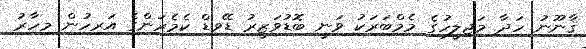
ޤާނޫނު ހަދާ މަޖިލީހުގެ މެމްބަރަކު ވަނީ ބޮޑުވަޒީރު ޑޭވިޑް ކެމެރަންގެ އަރިހުން މިހާރު